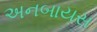
અનબાયસ